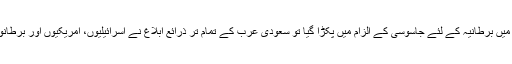
یاد رہے کہ حال ہی میں اس فرقے کے ایک شخص کو ایران میں برطانیہ کے لئے جاسوسی کے الزام میں پکڑا گیا تو سعودی عرب کے تمام تر ذرائع ابلاغ نے اسرائیلیوں، امریکیوں اور برطانویوں کے ساتھ مل کر اس فرقے کی مظلومیت پر سوگ منایا۔